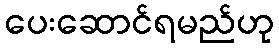
ပေးဆောင်ရမည်ဟု